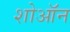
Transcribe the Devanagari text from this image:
शोऑन